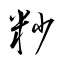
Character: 粆